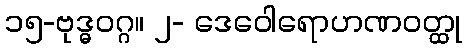
၁၅-ဗုဒ္ဓဝဂ္ဂ။ ၂- ဒေဝေါရောဟဏဝတ္ထု